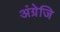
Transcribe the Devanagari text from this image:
अंग्रेजि